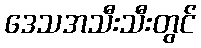
ဒေသအသီးသီးတွင်